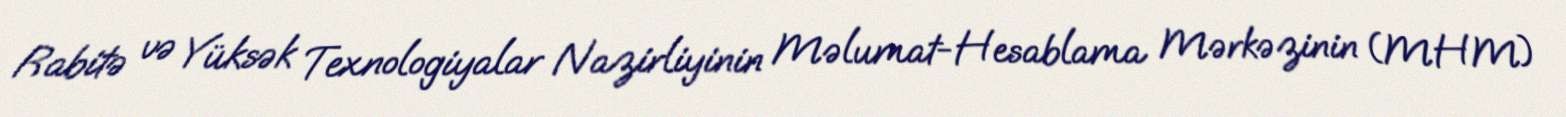
Rabitə və Yüksək Texnologiyalar Nazirliyinin Məlumat-Hesablama Mərkəzinin (MHM)